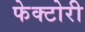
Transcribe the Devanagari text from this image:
फेक्टोरी